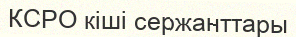
КСРО кіші сержанттары